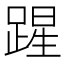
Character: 𮛲